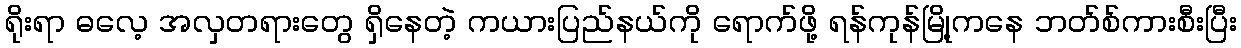
ရိုးရာ ဓလေ့ အလှတရားတွေ ရှိနေတဲ့ ကယားပြည်နယ်ကို ရောက်ဖို့ ရန်ကုန်မြို့ကနေ ဘတ်စ်ကားစီးပြီး